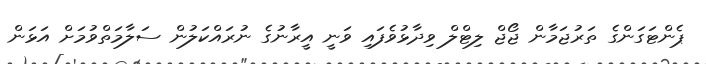
ޕެންޓަގަންގެ ތަރުޖަމާން ޖޯޖް ލިޓްލް ވިދާޅުވެފައި ވަނީ އީރާނުގެ ނުރައްކަލުން ސަލާމަތްވުމަށް އަޅަން